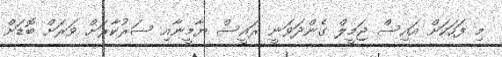
މި ފަހަކަށް އައިސް ޖަމީލް ގެންދަވަނީ ރައީސް ޔާމީނާއި ސަރުކާރަށް ވަރަށް ބޮޑަށް